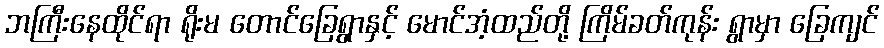
ဘကြီးနေထိုင်ရာ ရိုးမ တောင်ခြေရွာနှင့် မောင်အံ့ထည်တို့ ကြိမ်ခတ်ကုန်း ရွာမှာ ခြေကျင်